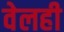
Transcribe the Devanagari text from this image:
वेलही